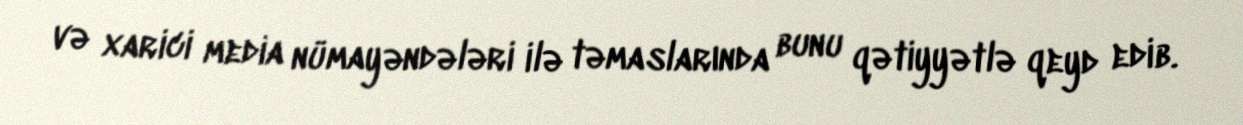
və xarici media nümayəndələri ilə təmaslarında bunu qətiyyətlə qeyd edib.